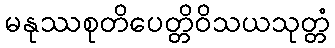
မနုဿစုတိပေတ္တိဝိသယသုတ္တံ